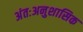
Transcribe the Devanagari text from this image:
अंतःअनुशासिक